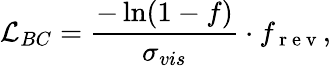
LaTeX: \mathcal{L}_{BC}=\frac{-\ln(1-f)}{\sigma_{vis}}\cdot f_{\mathrm{~r~e~v~}},